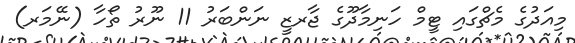
މިއަދުގެ މެޗްގައި ޓީމް ހަނިމާދޫގެ ޖާރޒީ ނަންބަރު 11 ނޫރު ތޯހާ (ނޭމަރ)